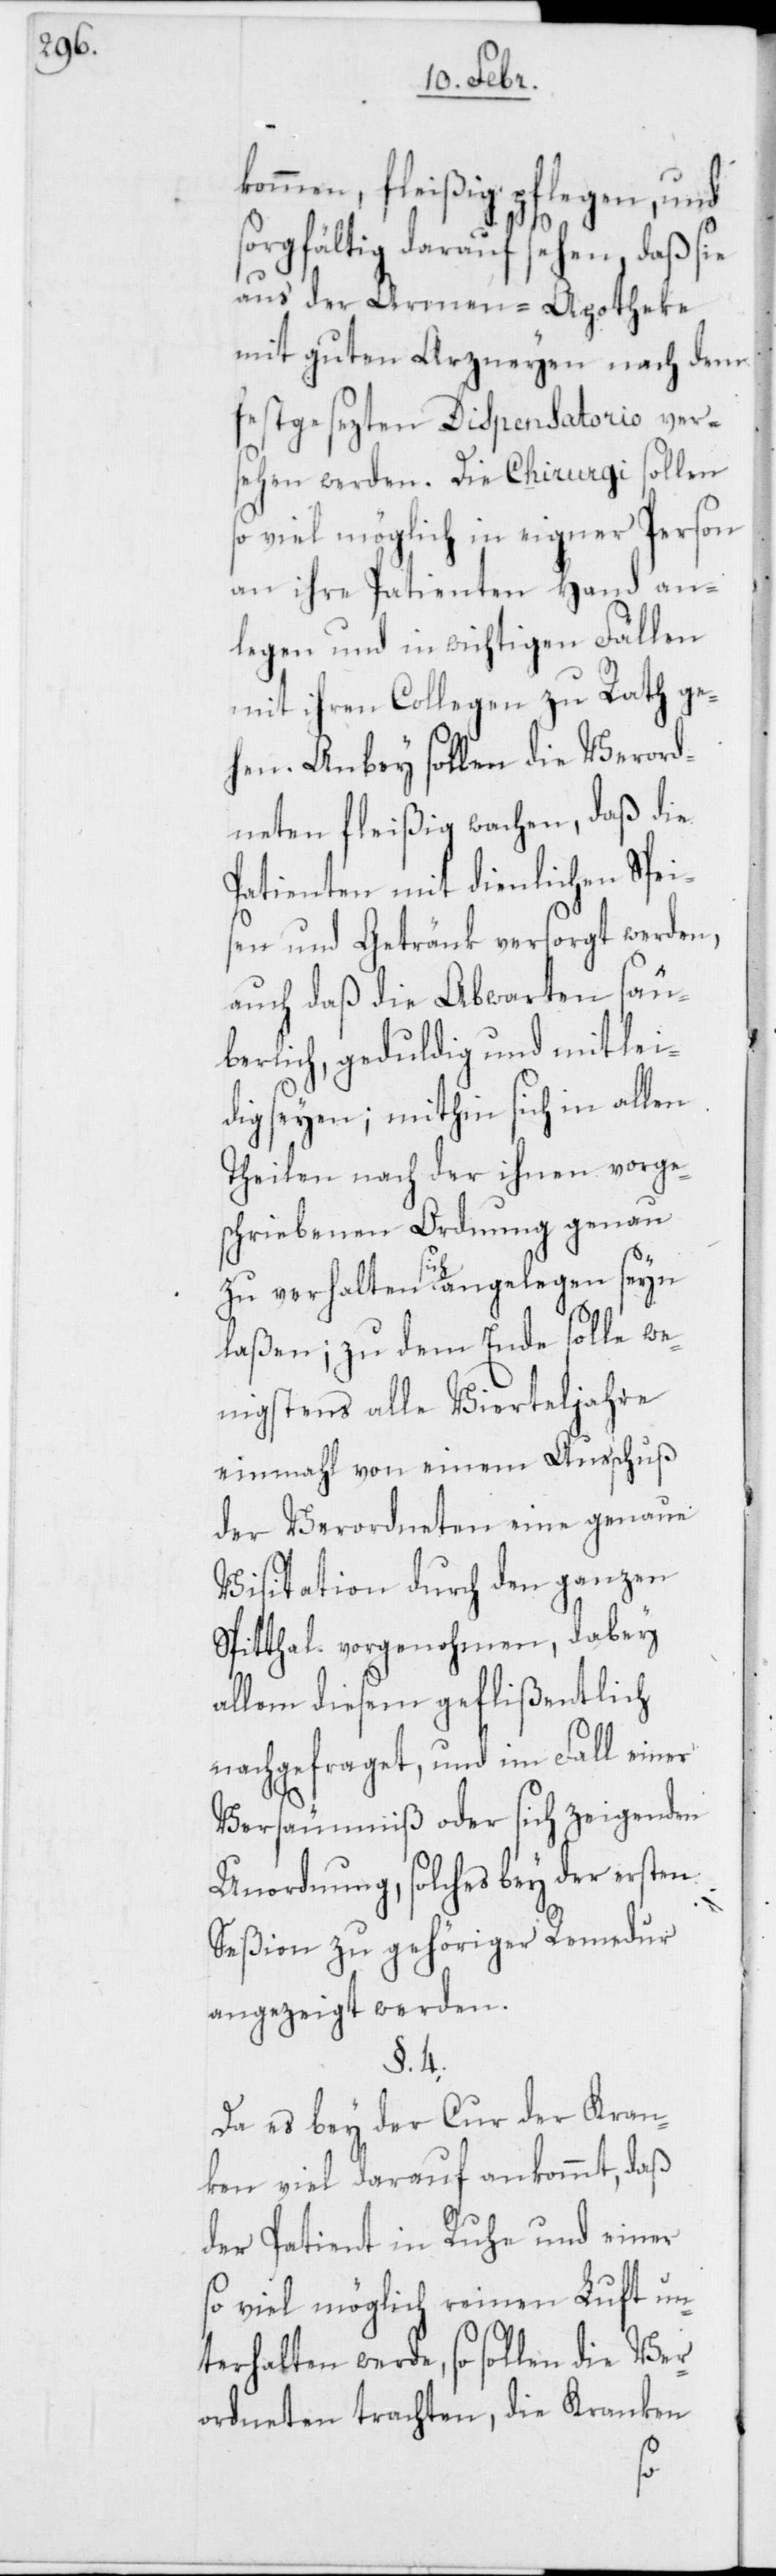
kommen, fleißig pflegen, und
sorgfältig darauf sehen, daß sie
aus der Armen-Apotheke
mit guten Arzneyen nach dem
festgesezten Dispensatorio vers¬
ehen werden. Die Chirurgi sollen
so viel möglich in eigner Person
an ihre Patienten Hand an¬
legen und in wichtigen Fällen
mit ihren Collegen zu Rath ge¬
hen. Anbey sollen die Verord¬
neten fleißig wachen, daß die
Patienten mit dienlichen Spei¬
sen und Getränk versorgt werden,
auch daß die Abwarten säu¬
berlich, geduldig und mitlei¬
dig seyen; mithin sich in allen
Theilen nach der ihnen vorge¬
schriebenen Ordnung genau
zu verhalten sich angelegen seyn
laßen; zu dem Ende solle we¬
nigstens alle Vierteljahre
einmahl von einem Ausschuß
der Verordneten eine genaue
Visitation durch den ganzen
Spitthal vorgenohmen, dabey
allem diesem geflißentlich
nachgefraget, und im Fall einer
Versäumnis oder sich zeigenden
Unordnung, solches bey der ersten
Seßion zu gehöriger Remedur
angezeigt werden.
§. 4.
Da es bey der Cur der Kran¬
ken viel darauf ankommt, daß
der Patient in Ruhe und einer
so viel möglich reinen Luft un¬
terhalten werde, so sollen die Ver¬
ordneten trachten, die Kranken